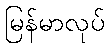
မြန်မာလုပ်